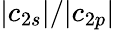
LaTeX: |c_{2s}|/|c_{2p}|